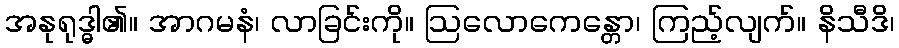
အနုရုဒ္ဓါ၏။ အာဂမနံ၊ လာခြင်းကို။ ဩလောကေန္တော၊ ကြည့်လျက်။ နိသီဒိ၊